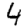
Digit: 4